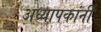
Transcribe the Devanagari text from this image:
अध्यापकांनीं